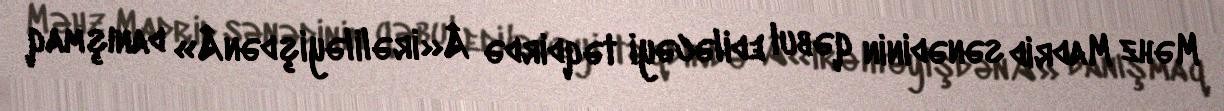
Məhz Madrid sənədinin qəbul ediləcəyi təqdirdə Â«irəliləyişdənÂ» danışmaq